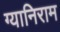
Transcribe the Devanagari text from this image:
ग्यानिराम